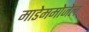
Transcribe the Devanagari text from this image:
माडेममोजेल